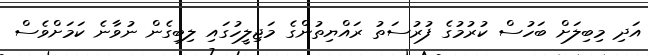
އަދި މިބިލަށް ބަހުސް ކުރުމުގެ ފުރުސަތު ރައްޔިތުންގެ މަޖިލީހުގައި ލިބިގެން ނުވާނެ ކަމަށްވެސް